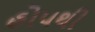
હોપથી